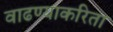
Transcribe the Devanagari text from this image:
वाढण्याकरिता